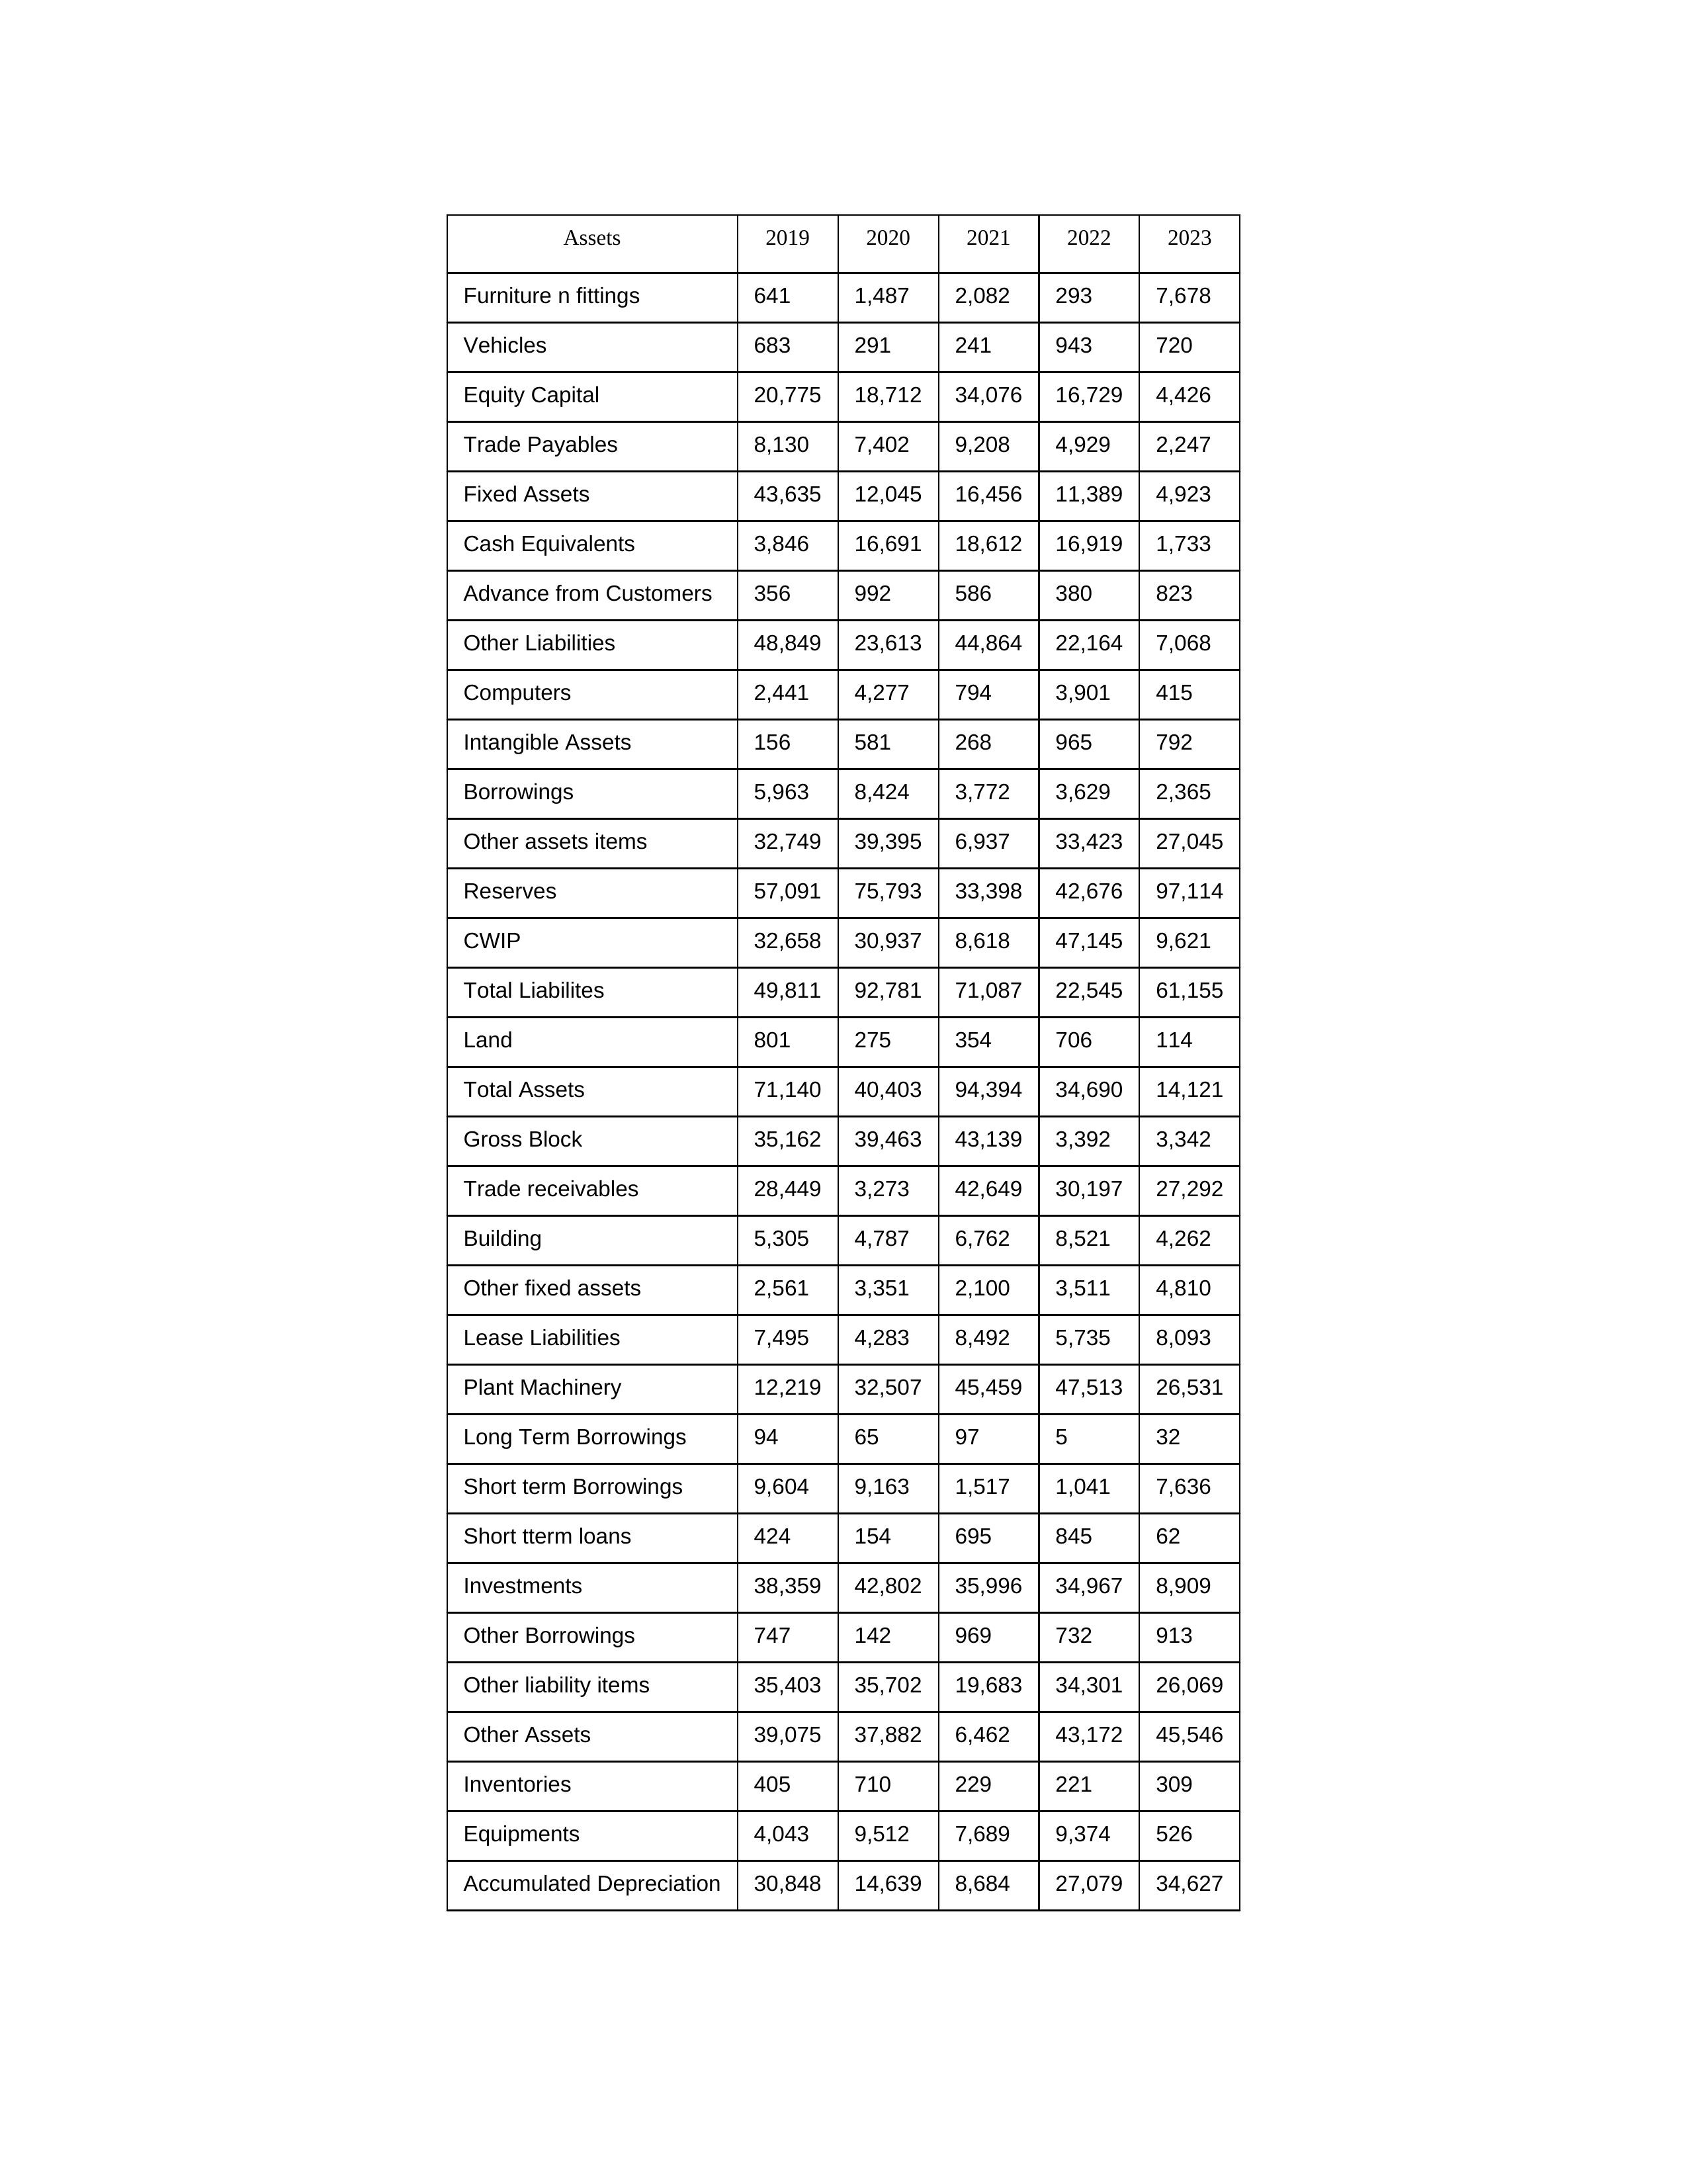
gt_parse: 2019: Equity Capital: 20,775
Reserves: 57,091
Borrowings: 5,963
Long Term Borrowings: 94
Short term Borrowings: 9,604
Lease Liabilities: 7,495
Other Borrowings: 747
Other Liabilities: 48,849
Trade Payables: 8,130
Advance from Customers: 356
Other liability items: 35,403
Total Liabilites: 49,811
Fixed Assets: 43,635
Land: 801
Building: 5,305
Plant Machinery: 12,219
Equipments: 4,043
Computers: 2,441
Furniture n fittings: 641
Vehicles: 683
Intangible Assets: 156
Other fixed assets: 2,561
Gross Block: 35,162
Accumulated Depreciation: 30,848
CWIP: 32,658
Investments: 38,359
Other Assets: 39,075
Inventories: 405
Trade receivables: 28,449
Cash Equivalents: 3,846
Short tterm loans: 424
Other assets items: 32,749
Total Assets: 71,140
2020: Equity Capital: 18,712
Reserves: 75,793
Borrowings: 8,424
Long Term Borrowings: 65
Short term Borrowings: 9,163
Lease Liabilities: 4,283
Other Borrowings: 142
Other Liabilities: 23,613
Trade Payables: 7,402
Advance from Customers: 992
Other liability items: 35,702
Total Liabilites: 92,781
Fixed Assets: 12,045
Land: 275
Building: 4,787
Plant Machinery: 32,507
Equipments: 9,512
Computers: 4,277
Furniture n fittings: 1,487
Vehicles: 291
Intangible Assets: 581
Other fixed assets: 3,351
Gross Block: 39,463
Accumulated Depreciation: 14,639
CWIP: 30,937
Investments: 42,802
Other Assets: 37,882
Inventories: 710
Trade receivables: 3,273
Cash Equivalents: 16,691
Short tterm loans: 154
Other assets items: 39,395
Total Assets: 40,403
2021: Equity Capital: 34,076
Reserves: 33,398
Borrowings: 3,772
Long Term Borrowings: 97
Short term Borrowings: 1,517
Lease Liabilities: 8,492
Other Borrowings: 969
Other Liabilities: 44,864
Trade Payables: 9,208
Advance from Customers: 586
Other liability items: 19,683
Total Liabilites: 71,087
Fixed Assets: 16,456
Land: 354
Building: 6,762
Plant Machinery: 45,459
Equipments: 7,689
Computers: 794
Furniture n fittings: 2,082
Vehicles: 241
Intangible Assets: 268
Other fixed assets: 2,100
Gross Block: 43,139
Accumulated Depreciation: 8,684
CWIP: 8,618
Investments: 35,996
Other Assets: 6,462
Inventories: 229
Trade receivables: 42,649
Cash Equivalents: 18,612
Short tterm loans: 695
Other assets items: 6,937
Total Assets: 94,394
2022: Equity Capital: 16,729
Reserves: 42,676
Borrowings: 3,629
Long Term Borrowings: 5
Short term Borrowings: 1,041
Lease Liabilities: 5,735
Other Borrowings: 732
Other Liabilities: 22,164
Trade Payables: 4,929
Advance from Customers: 380
Other liability items: 34,301
Total Liabilites: 22,545
Fixed Assets: 11,389
Land: 706
Building: 8,521
Plant Machinery: 47,513
Equipments: 9,374
Computers: 3,901
Furniture n fittings: 293
Vehicles: 943
Intangible Assets: 965
Other fixed assets: 3,511
Gross Block: 3,392
Accumulated Depreciation: 27,079
CWIP: 47,145
Investments: 34,967
Other Assets: 43,172
Inventories: 221
Trade receivables: 30,197
Cash Equivalents: 16,919
Short tterm loans: 845
Other assets items: 33,423
Total Assets: 34,690
2023: Equity Capital: 4,426
Reserves: 97,114
Borrowings: 2,365
Long Term Borrowings: 32
Short term Borrowings: 7,636
Lease Liabilities: 8,093
Other Borrowings: 913
Other Liabilities: 7,068
Trade Payables: 2,247
Advance from Customers: 823
Other liability items: 26,069
Total Liabilites: 61,155
Fixed Assets: 4,923
Land: 114
Building: 4,262
Plant Machinery: 26,531
Equipments: 526
Computers: 415
Furniture n fittings: 7,678
Vehicles: 720
Intangible Assets: 792
Other fixed assets: 4,810
Gross Block: 3,342
Accumulated Depreciation: 34,627
CWIP: 9,621
Investments: 8,909
Other Assets: 45,546
Inventories: 309
Trade receivables: 27,292
Cash Equivalents: 1,733
Short tterm loans: 62
Other assets items: 27,045
Total Assets: 14,121